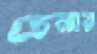
চেনার